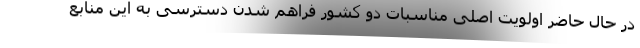
در حال حاضر اولویت اصلی مناسبات دو کشور فراهم شدن دسترسی به این منابع